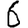
Digit: 6